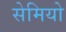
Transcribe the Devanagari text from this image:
सेमियो